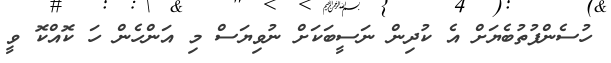
ހުސެންފުތުބެޔަށް އެ ކުދިން ނަސީބަކަށް ނުވިޔަސް މި އަންހެން ހަ ކޮއްކޮ ވީ